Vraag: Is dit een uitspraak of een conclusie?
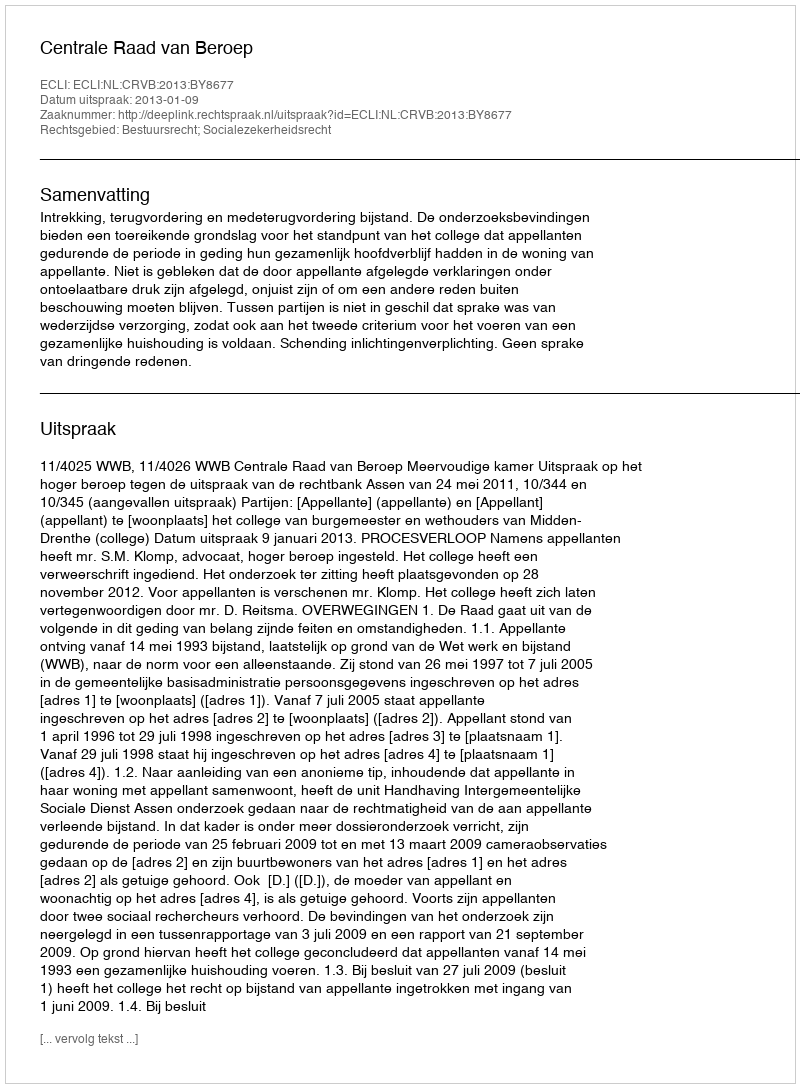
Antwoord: Uitspraak